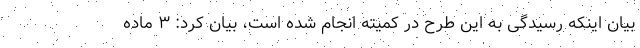
بیان اینکه رسیدگی به این طرح در کمیته انجام شده است، بیان کرد: ۳ ماده